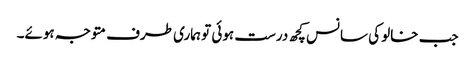
جب خالو کی سانس کچھ درست ہوئی تو ہماری طرف متوجہ ہوئے۔